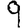
Digit: 9